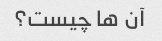
آن ها چیست؟